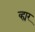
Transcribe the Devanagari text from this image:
व्ह्यर